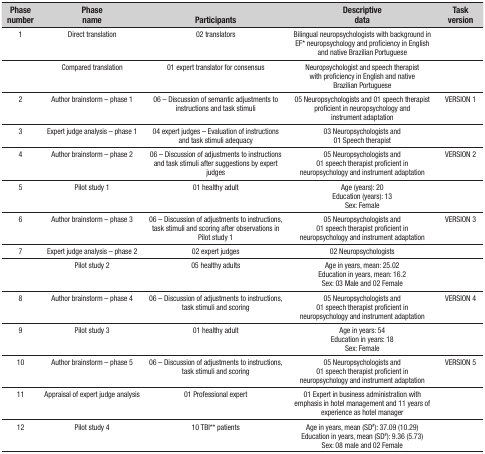
<table><thead><tr><td><b>Phasenumber</b></td><td><b>Phasename</b></td><td><b>Participants</b></td><td><b>Descriptivedata</b></td><td><b>Taskversion</b></td></tr></thead><tbody><tr><td>1</td><td>Direct translation</td><td>02 translators</td><td>Bilingual neuropsychologists with background inEF* neuropsychologyand proficiency in English and native Brazilian Portuguese</td><td> </td></tr><tr><td> </td><td>Compared translation</td><td>01 expert translator for consensus</td><td>Neuropsychologist and speech therapistwithproficiency in English and nativeBrazilian Portuguese</td><td> </td></tr><tr><td>2</td><td>Author brainstorm - phase 1</td><td>06 - Discussion of semantic adjustments toinstructions and task stimuli</td><td>05 Neuropsychologists and 01 speech therapistproficient in neuropsychology andinstrumentadaptation</td><td>VERSION 1</td></tr><tr><td>3</td><td>Expert judge analysis - phase 1</td><td>04 expert judges - Evaluation of instructions andtask stimuli adequacy</td><td>03 Neuropsychologists and01 Speechtherapist</td><td> </td></tr><tr><td>4</td><td>Author brainstorm - phase 2</td><td>06 - Discussion of adjustments to instructions andtask stimuli after suggestions by expert judges</td><td>05 Neuropsychologists and01 speechtherapist proficient inneuropsychology and instrumentadaptation</td><td>VERSION 2</td></tr><tr><td>5</td><td>Pilot study 1</td><td>01 healthy adult</td><td>Age (years): 20Education (years): 13 Sex: Female</td><td> </td></tr><tr><td>6</td><td>Author brainstorm - phase 3</td><td>06 - Discussion of adjustments to instructions, taskstimuli and scoring after observations in Pilot study 1</td><td>05 Neuropsychologists and01 speechtherapist proficient inneuropsychology and instrumentadaptation</td><td>VERSION 3</td></tr><tr><td>7</td><td>Expert judge analysis - phase 2</td><td>02 expert judges</td><td>02 Neuropsychologists</td><td> </td></tr><tr><td> </td><td>Pilot study 2</td><td>05 healthy adults</td><td>Age in years, mean: 25.02Education inyears, mean: 16.2 Sex: 03 Male and 02 Female</td><td> </td></tr><tr><td>8</td><td>Author brainstorm - phase 4</td><td>06 - Discussion of adjustments to instructions, taskstimuli and scoring</td><td>05 Neuropsychologists and01 speechtherapist proficient inneuropsychology and instrumentadaptation</td><td>VERSION 4</td></tr><tr><td>9</td><td>Pilot study 3</td><td>01 healthy adult</td><td>Age in years: 54 Education in years:18 Sex: Female</td><td> </td></tr><tr><td>10</td><td>Author brainstorm - phase 5</td><td>06 - Discussion of adjustments to instructions, taskstimuli and scoring</td><td>05 Neuropsychologists and01 speechtherapist proficient inneuropsychology and instrumentadaptation</td><td>VERSION 5</td></tr><tr><td>11</td><td>Appraisal of expert judge analysis</td><td>01 Professional expert</td><td>01 Expert in business administration with emphasis inhotel management and 11 years of experience as hotel manager</td><td> </td></tr><tr><td>12</td><td>Pilot study 4</td><td>10 TBI**patients</td><td>Age in years, mean (SD#): 37.09 (10.29) Education in years,mean (SD#): 9.36(5.73) Sex: 08 male and 02 Female</td><td> </td></tr></tbody></table>